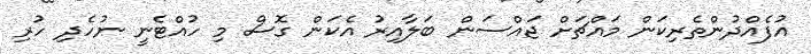
އުފެއްދުންތެރިކަން މައްޗަށް ޖައްސަން ބަލާއިރު އެކަން ގޮސް މި ހުއްޓެނީ ނުހެދި ހުރި